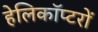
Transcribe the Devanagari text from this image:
हेलिकाॅप्टरों